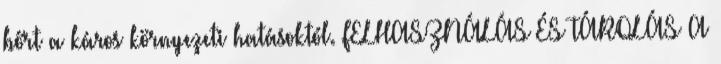
bőrt a káros környezeti hatásoktól. FELHASZNÁLÁS ÉS TÁROLÁS A